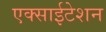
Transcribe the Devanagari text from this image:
एक्साईटेशन